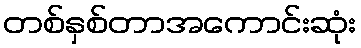
တစ်နှစ်တာအကောင်းဆုံး